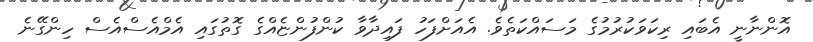
އޮންނާނީ އެބައި ރިކަވަކުރުމުގެ މަސައްކަތެވެ. އެއަށްފަހު ފައިދާވާ ކުންފުންޏެއްގެ ގޮތުގައި އެމްއެސްއެސް ހިންގޭނެ